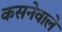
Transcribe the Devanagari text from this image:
कसनेवाले